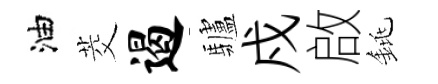
油茭遏驢戍啟銚